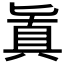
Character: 𠤤